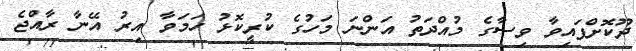
ދޫކޮށްފައިވާ ވިސާގެ މުއްދަތު އަންނަ މަހުގެ ކުރީކޮޅު ހަމަވާ އިރު އޭނާ ރާއްޖެ